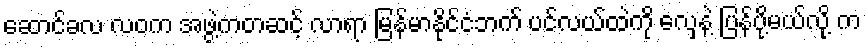
ဆောင်ခလ လဝက အဖွဲ့ကတဆင့် လာရာ မြန်မာနိုင်ငံဘက် ပင်လယ်ထဲကို လှေနဲ့ ပြန်ပို့မယ်လို့ က